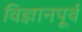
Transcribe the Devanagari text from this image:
विज्ञानपूर्व